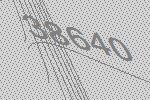
38640